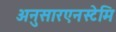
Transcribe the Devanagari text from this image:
अनुसारएनस्टेमि